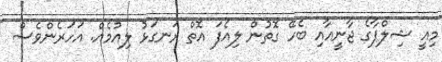
މިއީ ޝިލްޕާގެ ޖާނީއާއި ބެހޭ ގޮތުން ލިއެފަ އޮތް ރަނގަޅު ލިއުމެއް. އަހަރެންވެސް